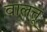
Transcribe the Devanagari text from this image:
वालत्तू